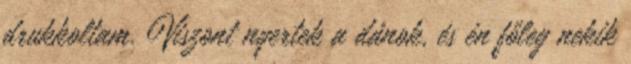
drukkoltam. Viszont nyertek a dánok, és én főleg nekik